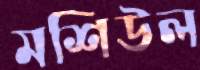
মশিউল